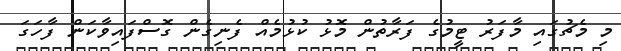
މި މެޗުގައި މާފަރު ޓީމުގެ ފަރާތުން މޮޅު ކުޅުމެއް ފެނިގެން ގޮސްފައިވާކަން ފާހަގަ